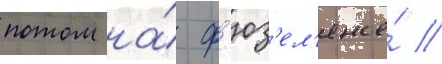
потом на́ ф'юз'ел'яже́ //